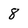
Character: 8